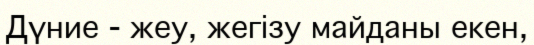
Дүние - жеу, жегізу майданы екен,